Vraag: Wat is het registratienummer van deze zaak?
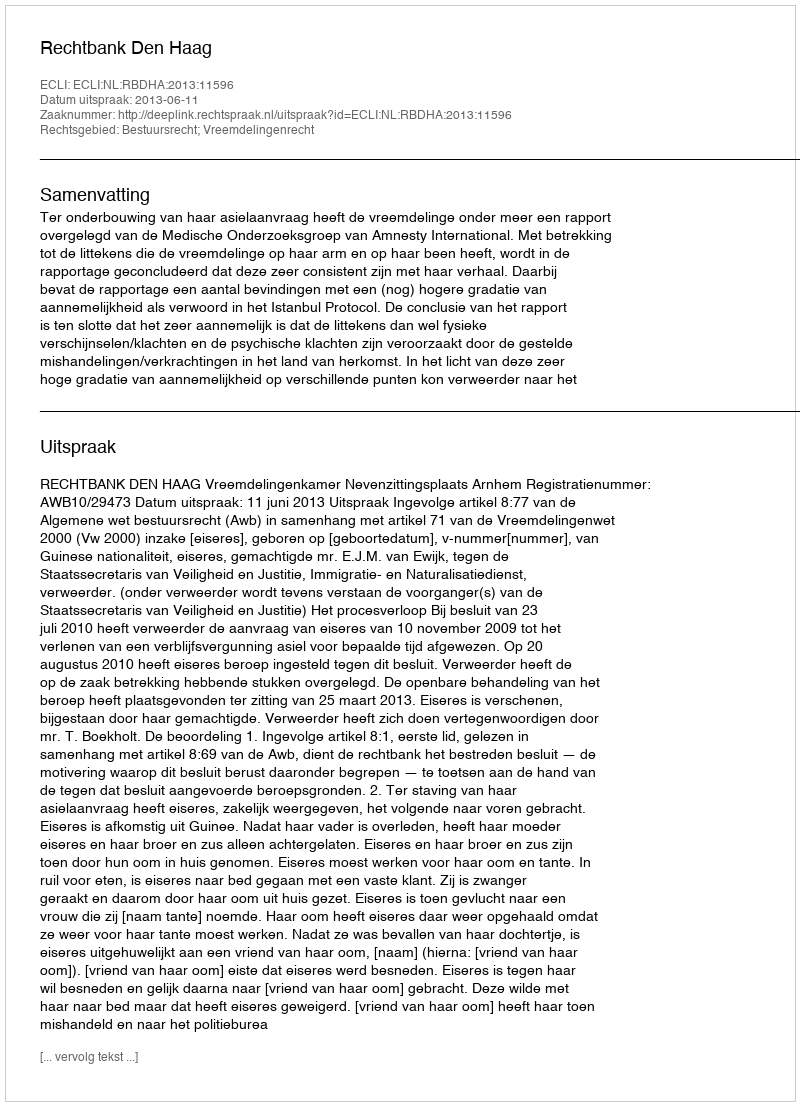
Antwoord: http://deeplink.rechtspraak.nl/uitspraak?id=ECLI:NL:RBDHA:2013:11596